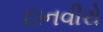
દાનવીરો